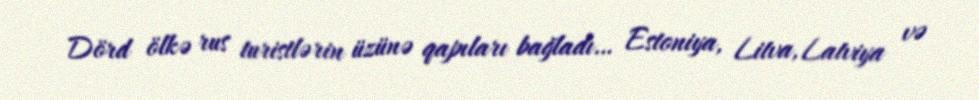
Dörd ölkə rus turistlərin üzünə qapıları bağladı… Estoniya, Litva, Latviya və